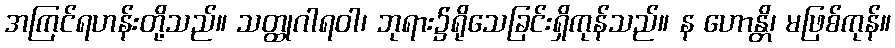
အကြင်ရဟန်းတို့သည်။ သတ္ထုဂါရဝါ၊ ဘုရား၌ရိုသေခြင်းရှိကုန်သည်။ န ဟောန္တိ၊ မဖြစ်ကုန်။